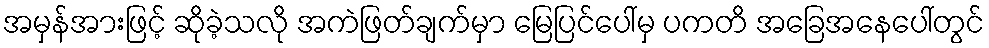
အမှန်အားဖြင့် ဆိုခဲ့သလို အကဲဖြတ်ချက်မှာ မြေပြင်ပေါ်မှ ပကတိ အခြေအနေပေါ်တွင်